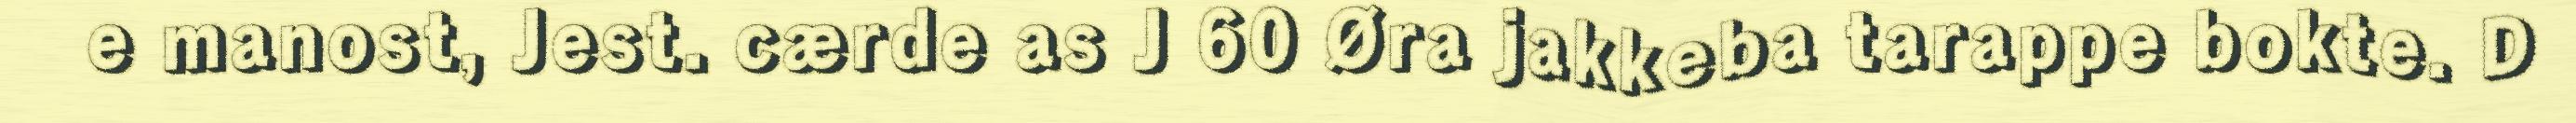
e manost, Jest. cærde as J 60 Øra jakkeba tarappe bokte. D